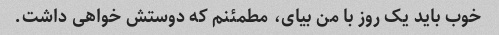
خوب باید یک روز با من بیای، مطمئنم که دوستش خواهی داشت.